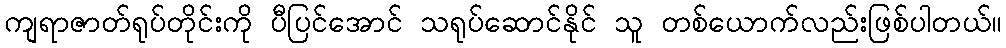
ကျရာဇာတ်ရုပ်တိုင်းကို ပီပြင်အောင် သရုပ်ဆောင်နိုင် သူ တစ်ယောက်လည်းဖြစ်ပါတယ်။